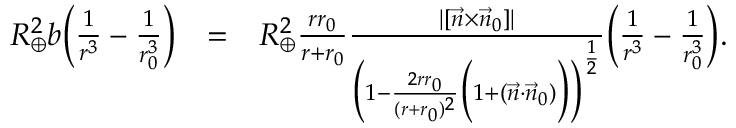
\begin{array} { r l r } { R _ { \oplus } ^ { 2 } b \Big ( \frac { 1 } { r ^ { 3 } } - \frac { 1 } { r _ { 0 } ^ { 3 } } \Big ) } & { = } & { R _ { \oplus } ^ { 2 } \frac { r r _ { 0 } } { r + r _ { 0 } } \frac { | [ \vec { n } \times \vec { n } _ { 0 } ] | } { \Big ( 1 - \frac { 2 r r _ { 0 } } { ( r + r _ { 0 } ) ^ { 2 } } \Big ( 1 + ( \vec { n } \cdot \vec { n } _ { 0 } ) \Big ) \Big ) ^ { \frac { 1 } { 2 } } } \Big ( \frac { 1 } { r ^ { 3 } } - \frac { 1 } { r _ { 0 } ^ { 3 } } \Big ) . } \end{array}